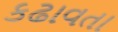
કઢાવતા